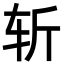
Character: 斩